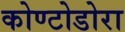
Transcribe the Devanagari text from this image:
कोण्टोडोरा